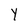
Character: Y